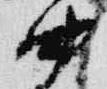
中